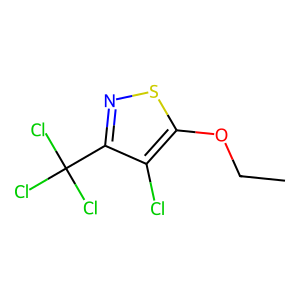
SMILES: CCOc1snc(C(Cl)(Cl)Cl)c1Cl
Inhibits HIV replication: No